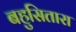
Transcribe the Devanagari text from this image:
बहुसितारा